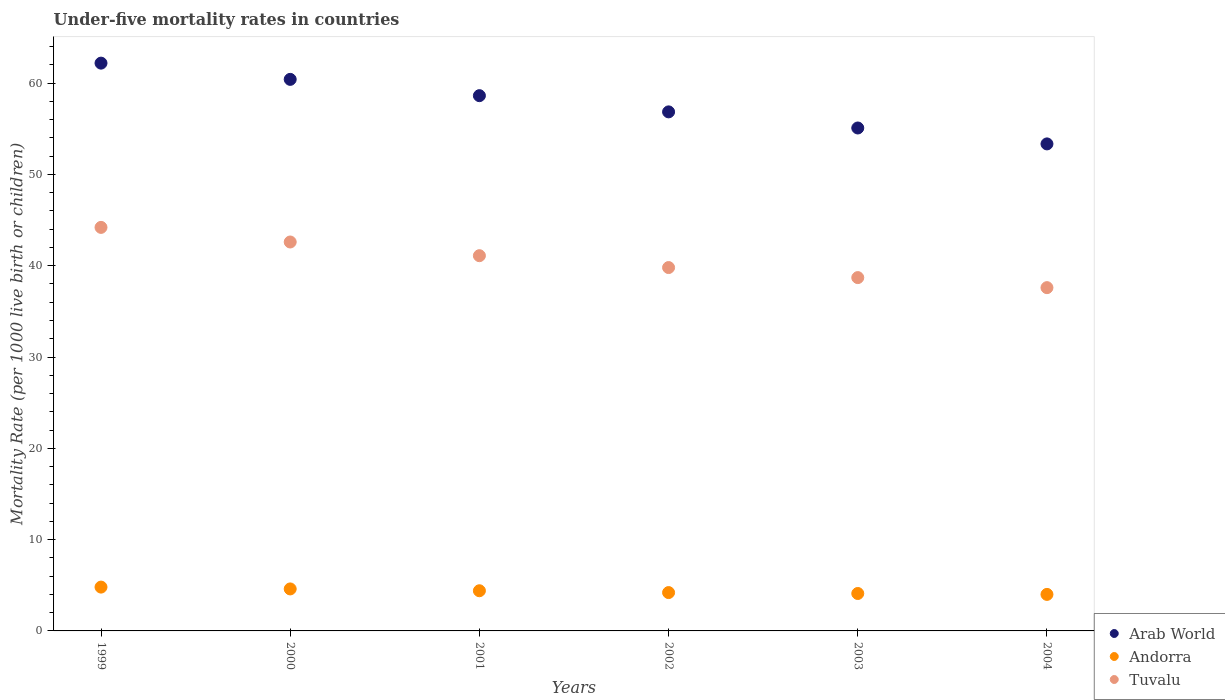
| Years | Arab World | Andorra | Tuvalu |
 | --- | --- | --- | --- |
 | 1999 | 62.2 | 4.8 | 44.2 |
 | 2000 | 60.4 | 4.6 | 42.6 |
 | 2001 | 58.6 | 4.4 | 41.1 |
 | 2002 | 56.9 | 4.2 | 39.8 |
 | 2003 | 55.1 | 4.1 | 38.7 |
 | 2004 | 53.3 | 4 | 37.6 |